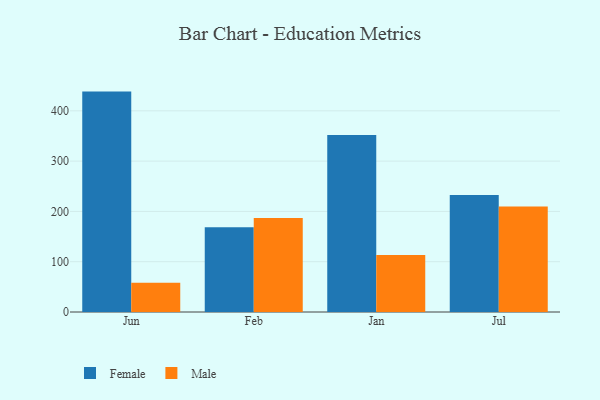
{"axis": {"x": "Month", "y": "Budget (USD K)"}, "legend": ["Female", "Male"], "data": [{"x": "Jun", "y": 438.2, "type": "Female"}, {"x": "Jun", "y": 58.3, "type": "Male"}, {"x": "Feb", "y": 168.4, "type": "Female"}, {"x": "Feb", "y": 187.0, "type": "Male"}, {"x": "Jan", "y": 351.7, "type": "Female"}, {"x": "Jan", "y": 113.3, "type": "Male"}, {"x": "Jul", "y": 232.7, "type": "Female"}, {"x": "Jul", "y": 209.6, "type": "Male"}]}